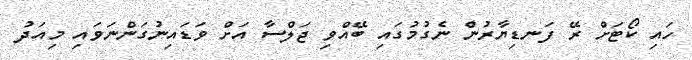
ހައި ކޯޓަށް ރޭ ފަނޑިޔާރުން ނެގުމުގައި ބޭއްވި ޖަލްސާ އަށް ވަޑައިނުގަންނަވައި މިއަދު